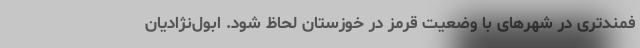
فمندتری در شهرهای با وضعیت قرمز در خوزستان لحاظ شود. ابول‌نژادیان